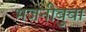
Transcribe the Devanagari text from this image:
भजनीबुवा